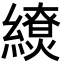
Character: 𦆖